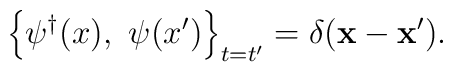
\left\{\psi^{\dagger}(x),~\psi(x')\right\}_{t=t'}=\delta({\bf x}-{\bf x}').